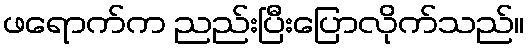
ဖရောက်က ညည်းပြီးပြောလိုက်သည်။